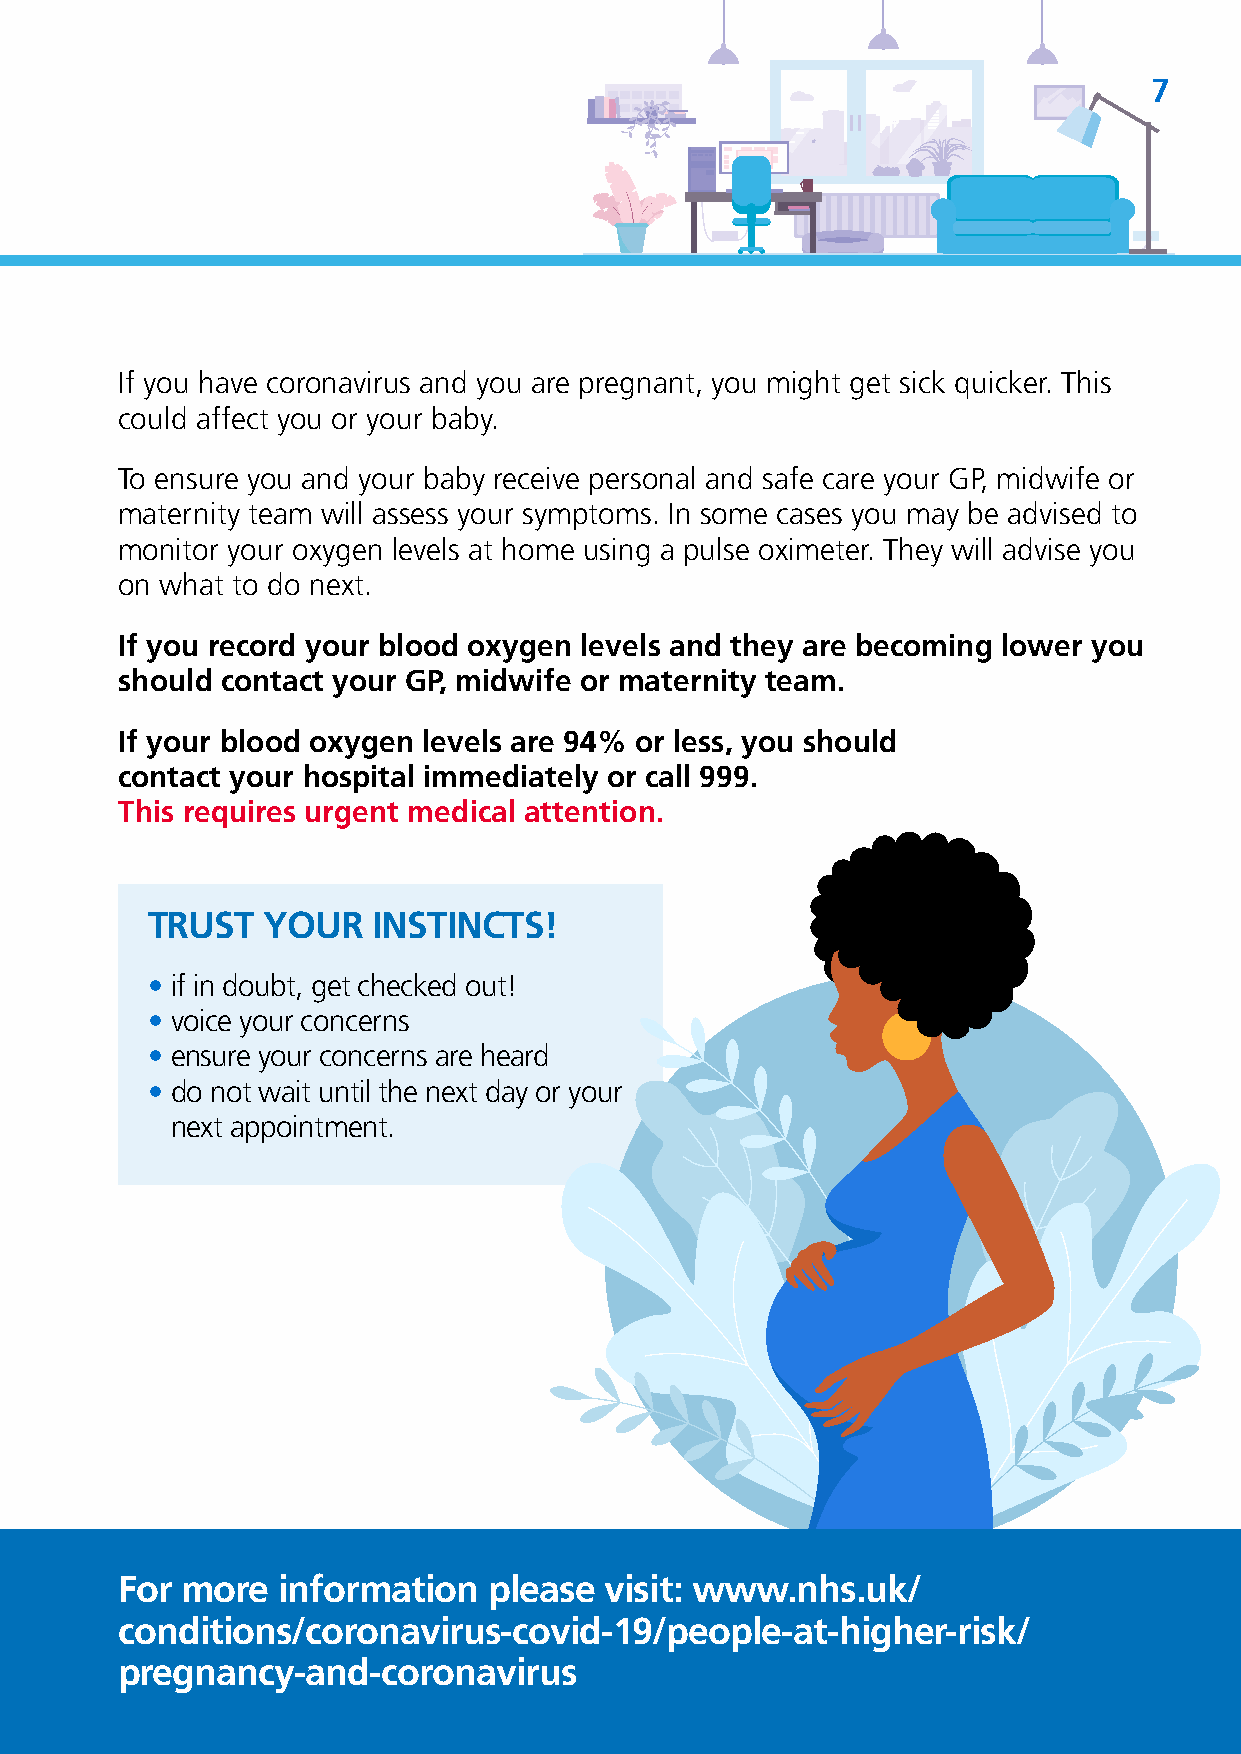
7
 If you have coronavirus and you are pregnant, you might get sick quicker. This
 could affect you or your baby.
 To ensure you and your baby receive personal and safe care your GP, midwife or
 maternity team will assess your symptoms. In some cases you may be advised to
 monitor your oxygen levels at home using a pulse oximeter. They will advise you
 on what to do next.
 If you record your blood oxygen levels and they are becoming lower you
 should contact your GP, midwife or maternity team.
 If your blood oxygen levels are 94% or less, you should
 contact your hospital immediately or call 999.
 This requires urgent medical attention.
 TRUST  YOUR    INSTINCTS!
 • if in doubt, get checked out!
 • voice your concerns
 • ensure your concerns are heard
 • do not wait until the next day or your
 next appointment.
 For more  information   please  visit: www.nhs.uk/
 conditions/coronavirus-covid-19/people-at-higher-risk/
 pregnancy-and-coronavirus